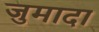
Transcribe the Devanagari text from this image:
जुमादा